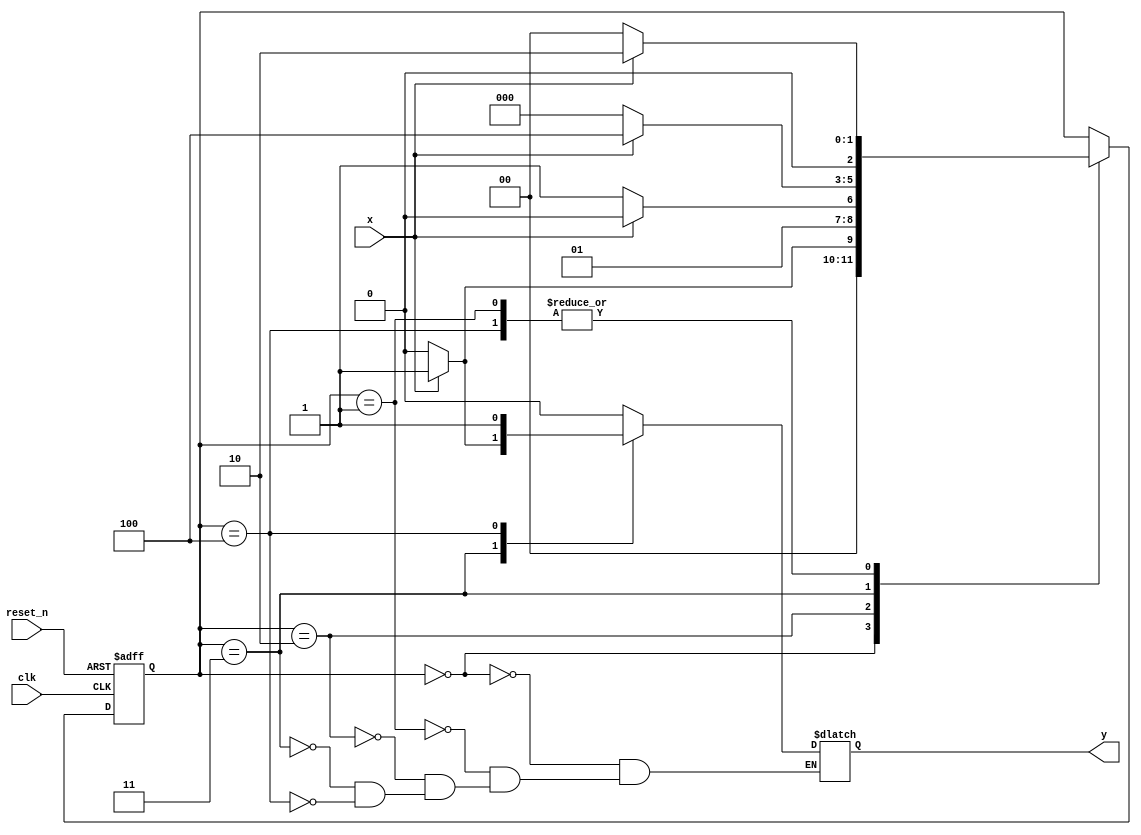
module moore_1101_detector(
    input clk,
    input x,
    input reset_n,
    output reg y
    );
    
    reg [2:0] current_state , next_state;
    localparam s0 = 3'b000;
    localparam s1 = 3'b001;
    localparam s2 = 3'b010;
    localparam s3 = 3'b011;
    localparam s4 = 3'b100;
    
    always @(posedge clk, negedge reset_n)
    begin
        if(!reset_n)
        current_state =s0;
        else
        current_state = next_state;
    end
    
    always @(*)
    begin
        next_state = current_state;
        case(current_state)
            s0:
                begin
                    y <= 0;
                    if(x)
                        next_state = s1;
                    else
                        next_state = s0;
                end
            s1: 
                begin
                y <= 0;
                    if(x)
                    
                        next_state = s2;
                    else
                        next_state = s0;
                end
            s2: 
                begin
                y <= 0;
                    if(x)
                        next_state = s2;
                    else
                        next_state = s3;
                end
            s3:     
                begin
                y <= 0;
                    if(x)
                    begin
                        next_state = s4;
                        y <= 1 ;
                    end
                    else
                        next_state = s0;
                 end
            s4:     
                 begin
                 y <= 1;
                     if(x)
                         next_state = s2;
                     else
                         next_state = s0;
                  end
             default: next_state = current_state;
        endcase
    end
    
endmodule